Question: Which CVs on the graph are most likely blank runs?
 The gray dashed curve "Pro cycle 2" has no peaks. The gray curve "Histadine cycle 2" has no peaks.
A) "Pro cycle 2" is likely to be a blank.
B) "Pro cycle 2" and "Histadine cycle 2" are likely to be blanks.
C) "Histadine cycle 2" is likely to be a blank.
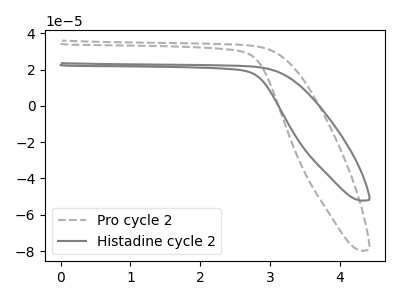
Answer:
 <answer>B) "Pro cycle 2" and "Histadine cycle 2" are likely to be blanks.</answer>
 <eval>B</eval>